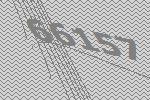
66157